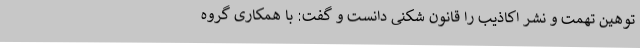
توهین تهمت و نشر اکاذیب را قانون شکنی دانست و گفت: با همکاری گروه